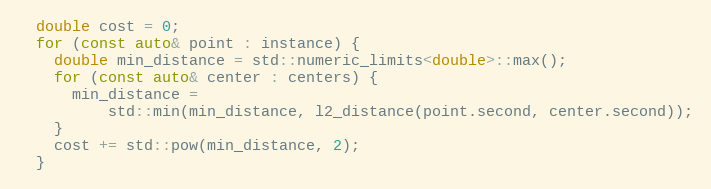
Language: C++
  double cost = 0;
  for (const auto& point : instance) {
    double min_distance = std::numeric_limits<double>::max();
    for (const auto& center : centers) {
      min_distance =
          std::min(min_distance, l2_distance(point.second, center.second));
    }
    cost += std::pow(min_distance, 2);
  }